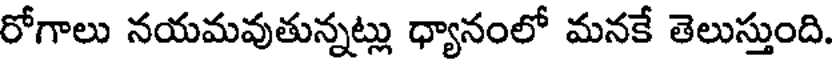
రోగాలు నయమవుతున్నట్లు ధ్యానంలో మనకే తెలుస్తుంది.